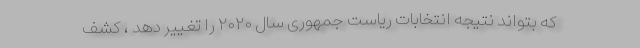
که بتواند نتیجه انتخابات ریاست جمهوری سال ۲۰۲۰ را تغییر دهد ، کشف